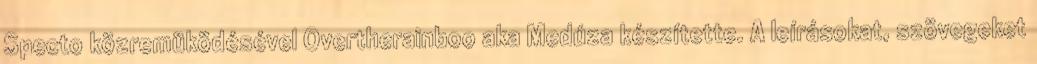
Specto közremüködésével Overtherainboo aka Medúza készítette. A leírásokat, szövegeket